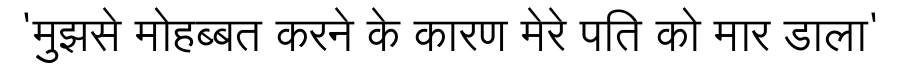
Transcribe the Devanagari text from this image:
'मुझसे मोहब्बत करने के कारण मेरे पति को मार डाला'